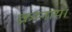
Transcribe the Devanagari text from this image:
क्नानाया